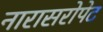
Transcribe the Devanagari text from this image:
नारासरोपेट